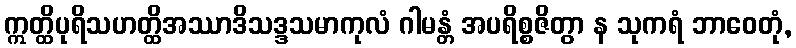
ဣတ္ထိပုရိသဟတ္ထိအဿာဒိသဒ္ဒသမာကုလံ ဂါမန္တံ အပရိစ္စဇိတွာ န သုကရံ ဘာဝေတုံ,